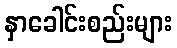
နှာခေါင်းစည်းများ